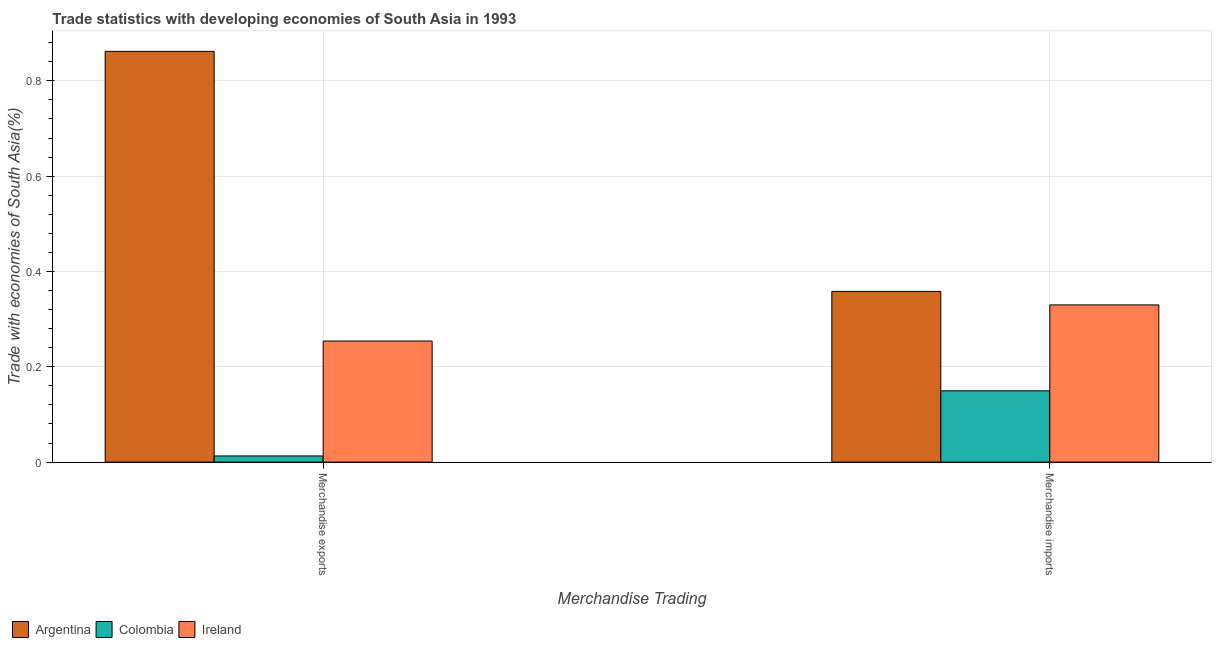
| Merchandise Trading | Argentina | Colombia | Ireland |
 | --- | --- | --- | --- |
 | Merchandise exports | 0.862 | 0.013 | 0.254 |
 | Merchandise imports | 0.358 | 0.15 | 0.33 |